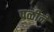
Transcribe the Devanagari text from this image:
पळीने